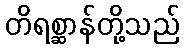
တိရစ္ဆာန်တို့သည်